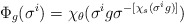
\begin{align*}\Phi_g(\sigma^i) = \chi_\theta(\sigma^ig\sigma^{-[\chi_s(\sigma^ig)]})\end{align*}